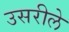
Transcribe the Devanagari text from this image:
उसरीले